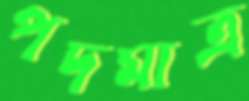
পদমাত্র